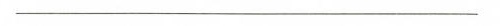
___